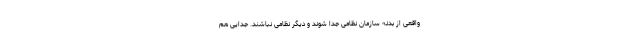
واقعی از بدنه سازمان نظامی جدا شوند و دیگر نظامی نباشند. جدایی هم